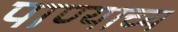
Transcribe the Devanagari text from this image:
पाण्याच्य